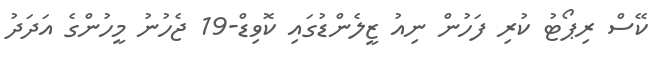
ކޭސް ރިޕޯޓު ކުރި ފަހުން ނިއު ޒީލެންޑުގައި ކޮވިޑް-19 ޖެހުނު މީހުންގެ އަދަދު